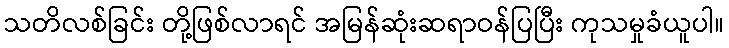
သတိလစ်ခြင်း တို့ဖြစ်လာရင် အမြန်ဆုံးဆရာဝန်ပြပြီး ကုသမှုခံယူပါ။